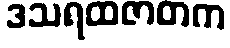
ဒသရထဇာတက